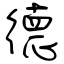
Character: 德